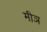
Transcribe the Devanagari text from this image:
मीञ